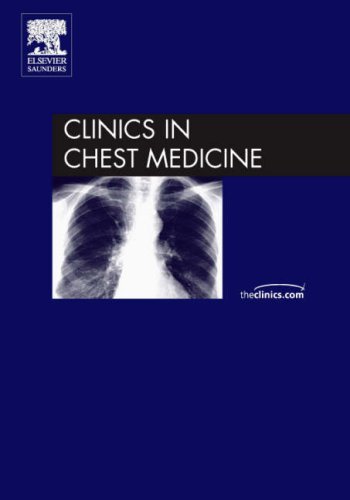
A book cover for Cystic Fibrosis, An Issue of Clinics in Chest Medicine, 1e (The Clinics: Internal Medicine); Laurie A. Whittaker MD; Health, Fitness & Dieting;